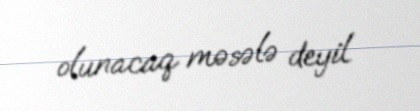
olunacaq məsələ deyil.